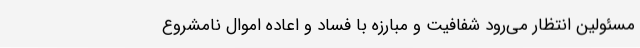
مسئولین انتظار می‌رود شفافیت و مبارزه با فساد و اعاده اموال نامشروع